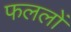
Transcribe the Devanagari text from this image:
फललों